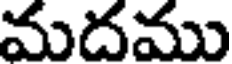
మదము